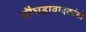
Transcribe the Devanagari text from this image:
चौघडावादकांची